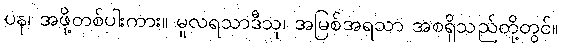
ပန၊ အဖို့တစ်ပါးကား။ မူလရသာဒီသု၊ အမြစ်အရသာ အစရှိသည်တို့တွင်။